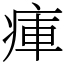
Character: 㾝